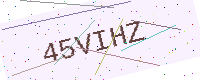
Text: 45VIHZ